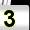
Digit: 3